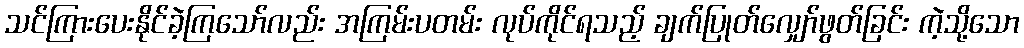
သင်ကြားပေးနိုင်ခဲ့ကြသော်လည်း အကြမ်းပတမ်း လုပ်ကိုင်ရသည့် ချက်ပြုတ်လျှော်ဖွတ်ခြင်း ကဲ့သို့သော